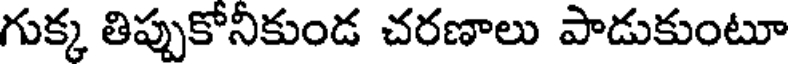
గుక్క తిప్పుకోనీకుండ చరణాలు పాడుకుంటూ